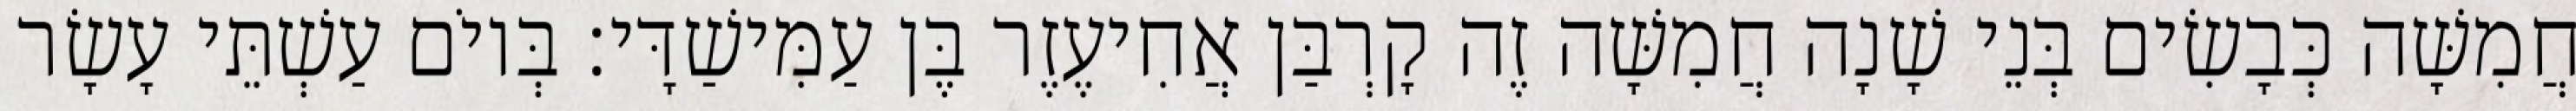
חֲמִשָּׁה כְּבָשִׂים בְּנֵי שָׁנָה חֲמִשָּׁה זֶה קָרְבַּן אֲחִיעֶזֶר בֶּן עַמִּישַׁדָּי׃ בְּיוֹם עַשְׁתֵּי עָשָׂר